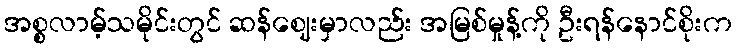
အစ္စလာမ့်သမိုင်းတွင် ဆန်ဈေးမှာလည်း အမြစ်မှုန့်ကို ဦးရန်နောင်စိုးက